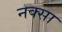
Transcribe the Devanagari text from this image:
नक्सा